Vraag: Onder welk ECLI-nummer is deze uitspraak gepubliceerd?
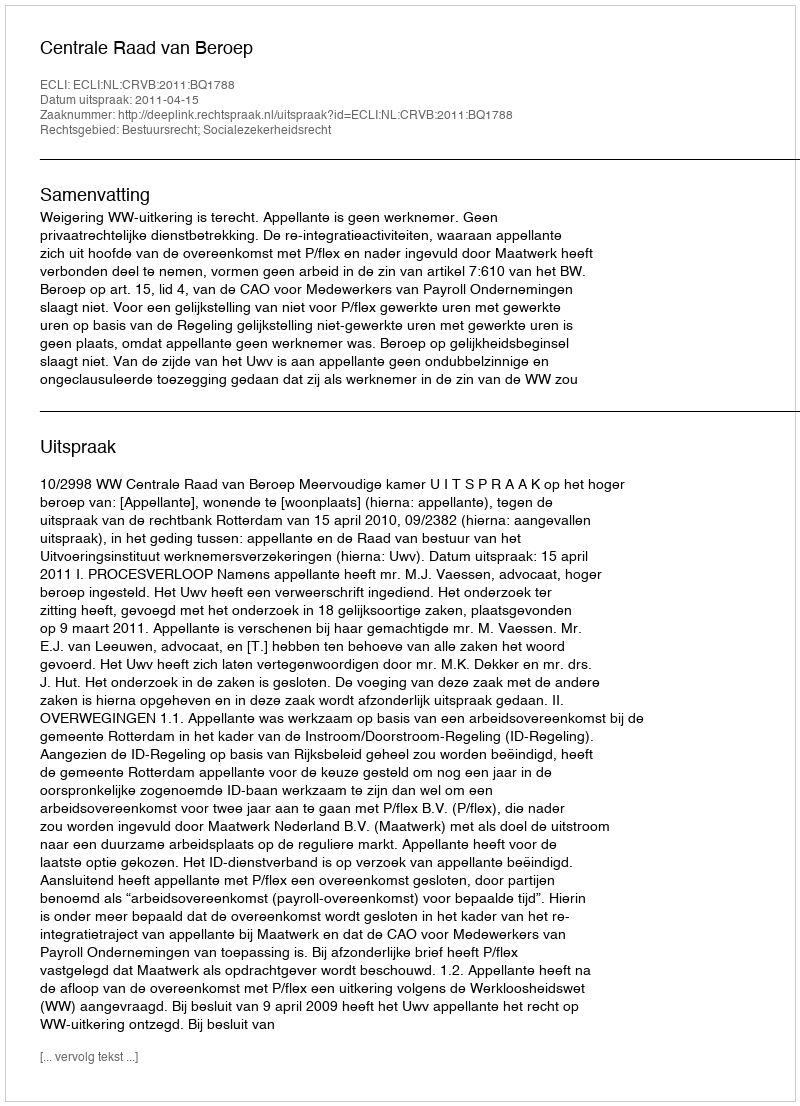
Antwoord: ECLI:NL:CRVB:2011:BQ1788